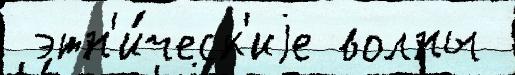
 этн'и́ческ'иjе волны